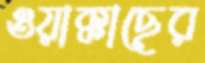
ওয়াক্কাছের